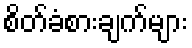
စိတ်ခံစားချက်များ